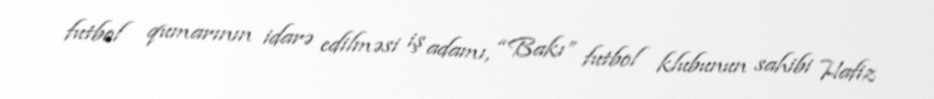
futbol qumarının idarə edilməsi iş adamı, “Bakı” futbol klubunun sahibi Hafiz